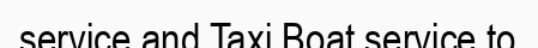
service and Taxi Boat service to